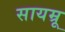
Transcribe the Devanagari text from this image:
सायम्रू